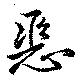
惡